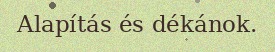
Alapítás és dékánok.